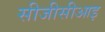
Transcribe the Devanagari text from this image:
सीजीसीआइ